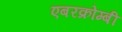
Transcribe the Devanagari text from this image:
एबरक्रोम्बी